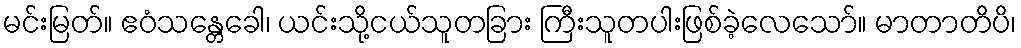
မင်းမြတ်။ ဧဝံသန္တေခေါ၊ ယင်းသို့ငယ်သူတခြား ကြီးသူတပါးဖြစ်ခဲ့လေသော်။ မာတာတိပိ၊